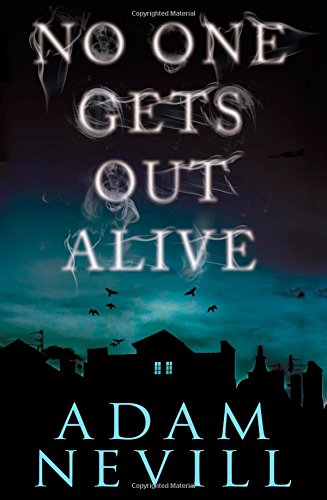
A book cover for No One Gets Out Alive: A Novel; Adam Nevill; Literature & Fiction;